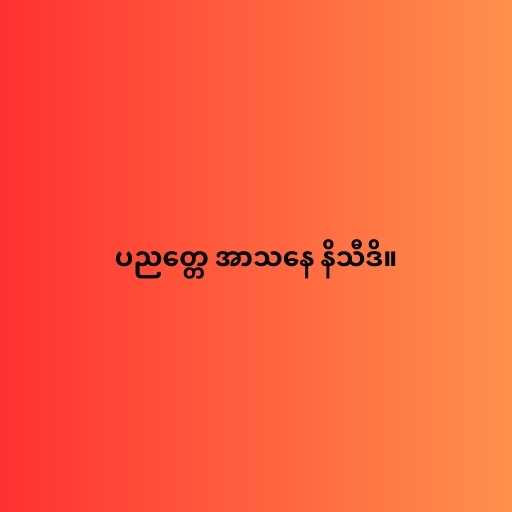
ပညတ္တေ အာသနေ နိသီဒိ။